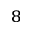
_ { 8 }